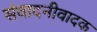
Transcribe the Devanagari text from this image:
संवादनीवादक